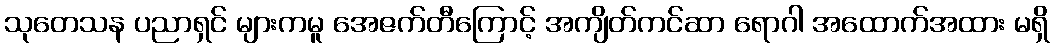
သုတေသန ပညာရှင် များကမူ အေဇက်တီကြောင့် အကျိတ်ကင်ဆာ ရောဂါ အထောက်အထား မရှိ